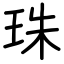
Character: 珠